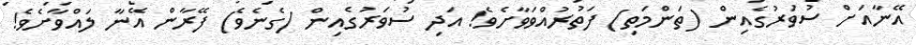
އޭނާއަށް ސުވަރުގެއިން (ތަންމަތި) ފަތުރުއްވަވާށެވެ! އަދި ސުވަރުގެއިން (ގެނެވެ) ފޭރާން އޭނާ ލައްވާށެވެ!